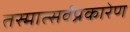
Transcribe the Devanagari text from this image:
तस्मात्सर्वप्रकारेण